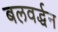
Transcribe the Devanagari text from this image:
बलवर्द्धन